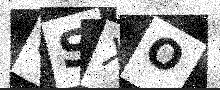
Text: 6SXO